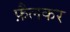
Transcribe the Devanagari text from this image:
फ़ैलकर